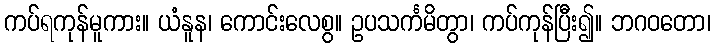
ကပ်ရကုန်မူကား။ ယံနူန၊ ကောင်းလေစွ။ ဥပသင်္ကမိတွာ၊ ကပ်ကုန်ပြီး၍။ ဘဂဝတော၊